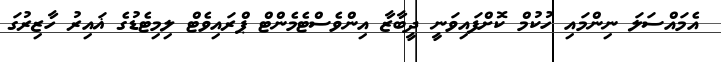
އެމައްސަލަ ނިންމައި ހުކުމް ކޮށްފައިވަނީ ދީބާޒާ އިންވެސްޓެމެންޓް ޕްރައިވެޓް ލިމިޓެޑުގެ ޣައިރު ހާޒިރުގަ